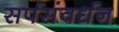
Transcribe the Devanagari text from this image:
सर्पसंवर्धन